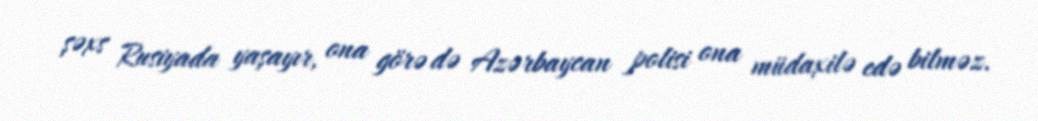
şəxs Rusiyada yaşayır, ona görə də Azərbaycan polisi ona müdaxilə edə bilməz.